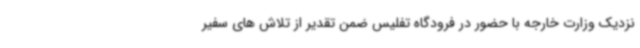
نزدیک وزارت خارجه با حضور در فرودگاه تفلیس ضمن تقدیر از تلاش های سفیر